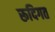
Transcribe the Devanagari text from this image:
रूदिगत